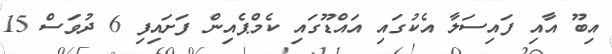
އިބޫ އާއި ފައިސަލާ އެކުގައި އައްޑޫގައި ކެމްޕެއިން ފަށައިފި 6 ދުވަސް 15